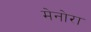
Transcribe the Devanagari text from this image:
मेनोरा